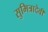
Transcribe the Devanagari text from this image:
सुमित्रादेवी